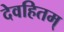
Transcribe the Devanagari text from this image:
देवहितम्